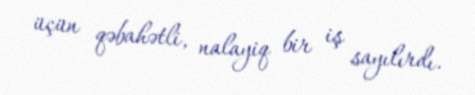
üçün qəbahətli, nalayiq bir iş sayılırdı.